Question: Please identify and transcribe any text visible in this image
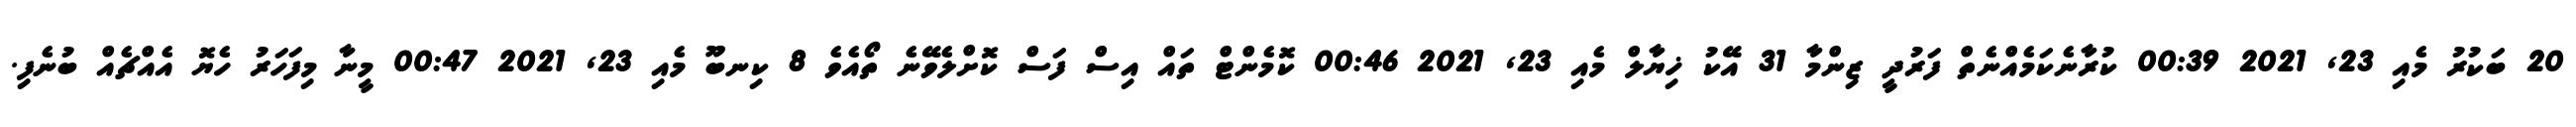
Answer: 20 ބަކުރު މެއި 23, 2021 00:39 ކުރާނެކަމެއްނެތް ފަރުދީ ޒިންމާ 31 އޭކު ޚިޔާލް މެއި 23, 2021 00:46 ކޮމެންޓް ތައް އިސް ފަސް ކޮށްލެވޭނެ ތޯއެވެ 8 ކިނބޫ މެއި 23, 2021 00:47 މީނާ މިފަހަރު ހެޔޮ އެއްޗެއް ބުނެފި.